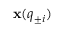
{ \bf x } ( { q } _ { \pm i } )